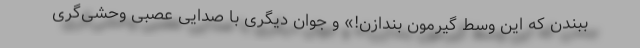
ببندن که این وسط گیرمون بندازن!» و جوان دیگری با صدایی عصبی وحشی‌گری